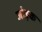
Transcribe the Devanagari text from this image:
जोड़क